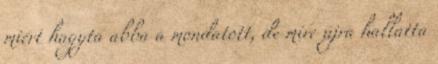
miért hagyta abba a mondatott, de mire újra hallatta